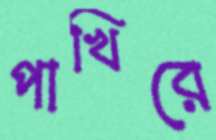
পাখিরে